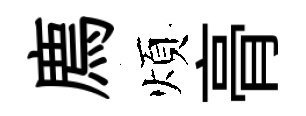
廌煩𮌔